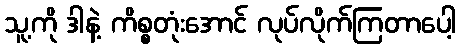
သူ့ကို ဒါနဲ့ ကိစ္စတုံးအောင် လုပ်လိုက်ကြတာပေါ့